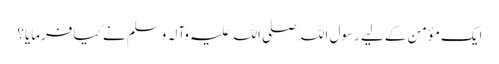
ایک مؤمن کے لیے رسول اللہ صلی اللہ علیہ وآلہ وسلم نے کیا فرمایا؟